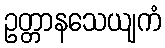
ဥတ္တာနသေယျကံ